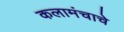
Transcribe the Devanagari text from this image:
कलामंचाचे